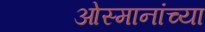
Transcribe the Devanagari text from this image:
ओस्मानांच्या